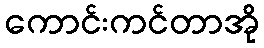
ကောင်းကင်တာအို